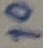
Text: 10